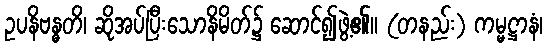
ဥပနိဗန္ဓတိ၊ ဆိုအပ်ပြီးသောနိမိတ်၌ ဆောင်၍ဖွဲ့၏။ (တနည်း) ကမ္မဋ္ဌာနံ၊